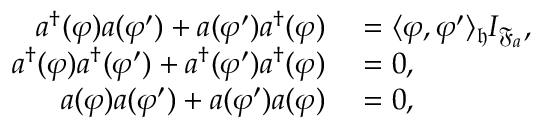
\begin{array} { r l } { a ^ { \dag } ( \varphi ) a ( \varphi ^ { \prime } ) + a ( \varphi ^ { \prime } ) a ^ { \dag } ( \varphi ) } & { { } = \langle \varphi , \varphi ^ { \prime } \rangle _ { \mathfrak { h } } I _ { \mathfrak { F } _ { a } } , } \\ { a ^ { \dag } ( \varphi ) a ^ { \dag } ( \varphi ^ { \prime } ) + a ^ { \dag } ( \varphi ^ { \prime } ) a ^ { \dag } ( \varphi ) } & { { } = 0 , } \\ { a ( \varphi ) a ( \varphi ^ { \prime } ) + a ( \varphi ^ { \prime } ) a ( \varphi ) } & { { } = 0 , } \end{array}